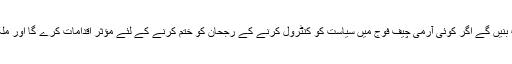
لیکن یہ اشارے اسی وقت قوم کی تقدیر بدلنے کا سبب بنیں گے اگر کوئی آرمی چیف فوج میں سیاست کو کنٹرول کرنے کے رجحان کو ختم کرنے کے لئے مؤثر اقدامات کرے گا اور ملک کی پارلیمنٹ قیادت سنبھانے کا حوصلہ کرے گی۔